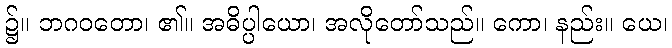
၌။ ဘဂဝတော၊ ၏။ အဓိပ္ပါယော၊ အလိုတော်သည်။ ကော၊ နည်း။ ယေ၊